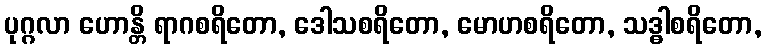
ပုဂ္ဂလာ ဟောန္တိ ရာဂစရိတော, ဒေါသစရိတော, မောဟစရိတော, သဒ္ဓါစရိတော,